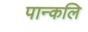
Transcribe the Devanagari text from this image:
पान्कलि